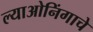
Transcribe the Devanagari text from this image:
ल्याओनिंगाचे